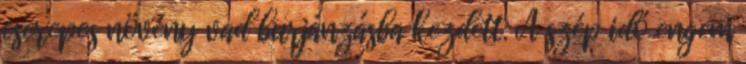
cserepes növény vad burjánzásba kezdett. A szép idő engem